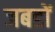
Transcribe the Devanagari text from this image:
जबडों